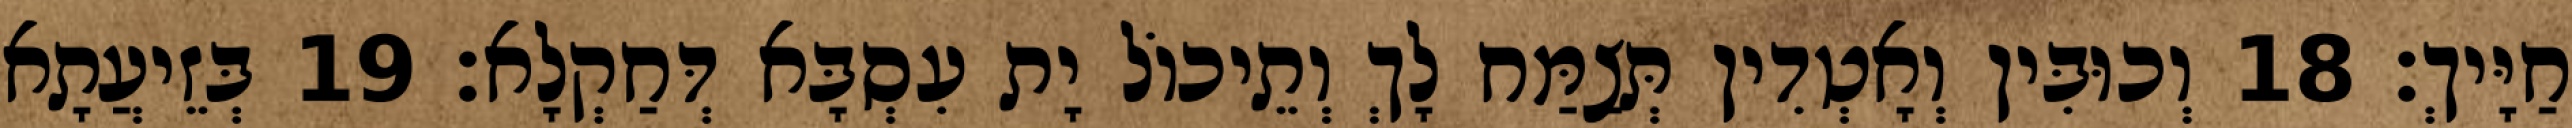
חַיָּיךְ׃ 18 וְכוּבִּין וְאָטְדִין תְּצַמַּח לָךְ וְתֵיכוֹל יָת עִסְבָּא דְּחַקְלָא׃ 19 בְּזֵיעֲתָא